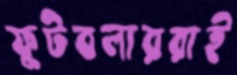
ফুটবলাররাই